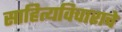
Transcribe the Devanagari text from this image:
साहित्यविचाराचे